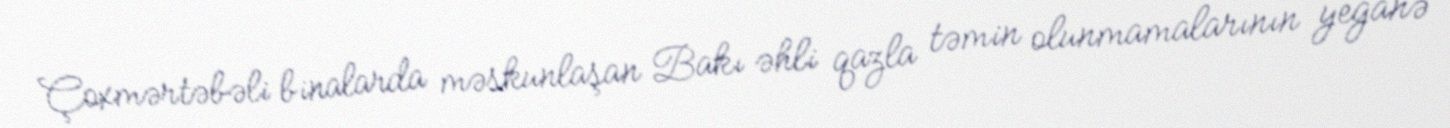
Çoxmərtəbəli binalarda məskunlaşan Bakı əhli qazla təmin olunmamalarının yeganə